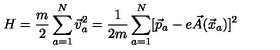
H = \frac { m } { 2 } \sum _ { a = 1 } ^ { N } \vec { v } _ { a } ^ { 2 } = \frac { 1 } { 2 m } \sum _ { a = 1 } ^ { N } [ \vec { p } _ { a } - e \vec { A } ( \vec { x } _ { a } ) ] ^ { 2 }